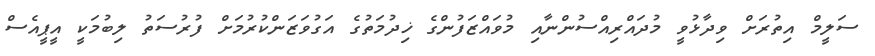
ސަލީމް އިތުރަށް ވިދާޅުވީ މުދައްރިއްސުންނާއި މުވައްޒަފުންގެ ޚިދުމަތުގެ އަގުވަޒަންކުރުމަށް ފުރުސަތު ލިބުމަކީ އީޕީއެސް